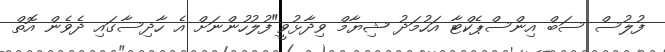
ފުލުސް ސަބް އިންސްޕެކްޓާ އަހުމަދު ޝިޔާމް ވިދާޅުވީ"ފުލުހުންނަށް އެ ހާދިސާގައި ދެވެން އޮތް